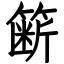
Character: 簖